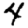
Digit: 4